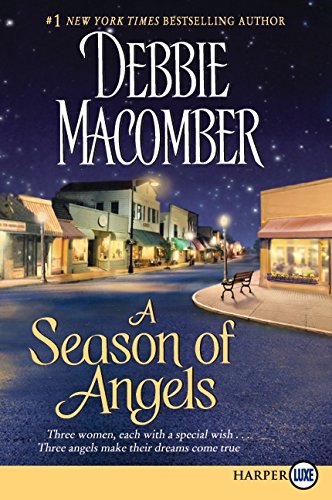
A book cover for A Season of Angels LP; Debbie Macomber; Christian Books & Bibles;